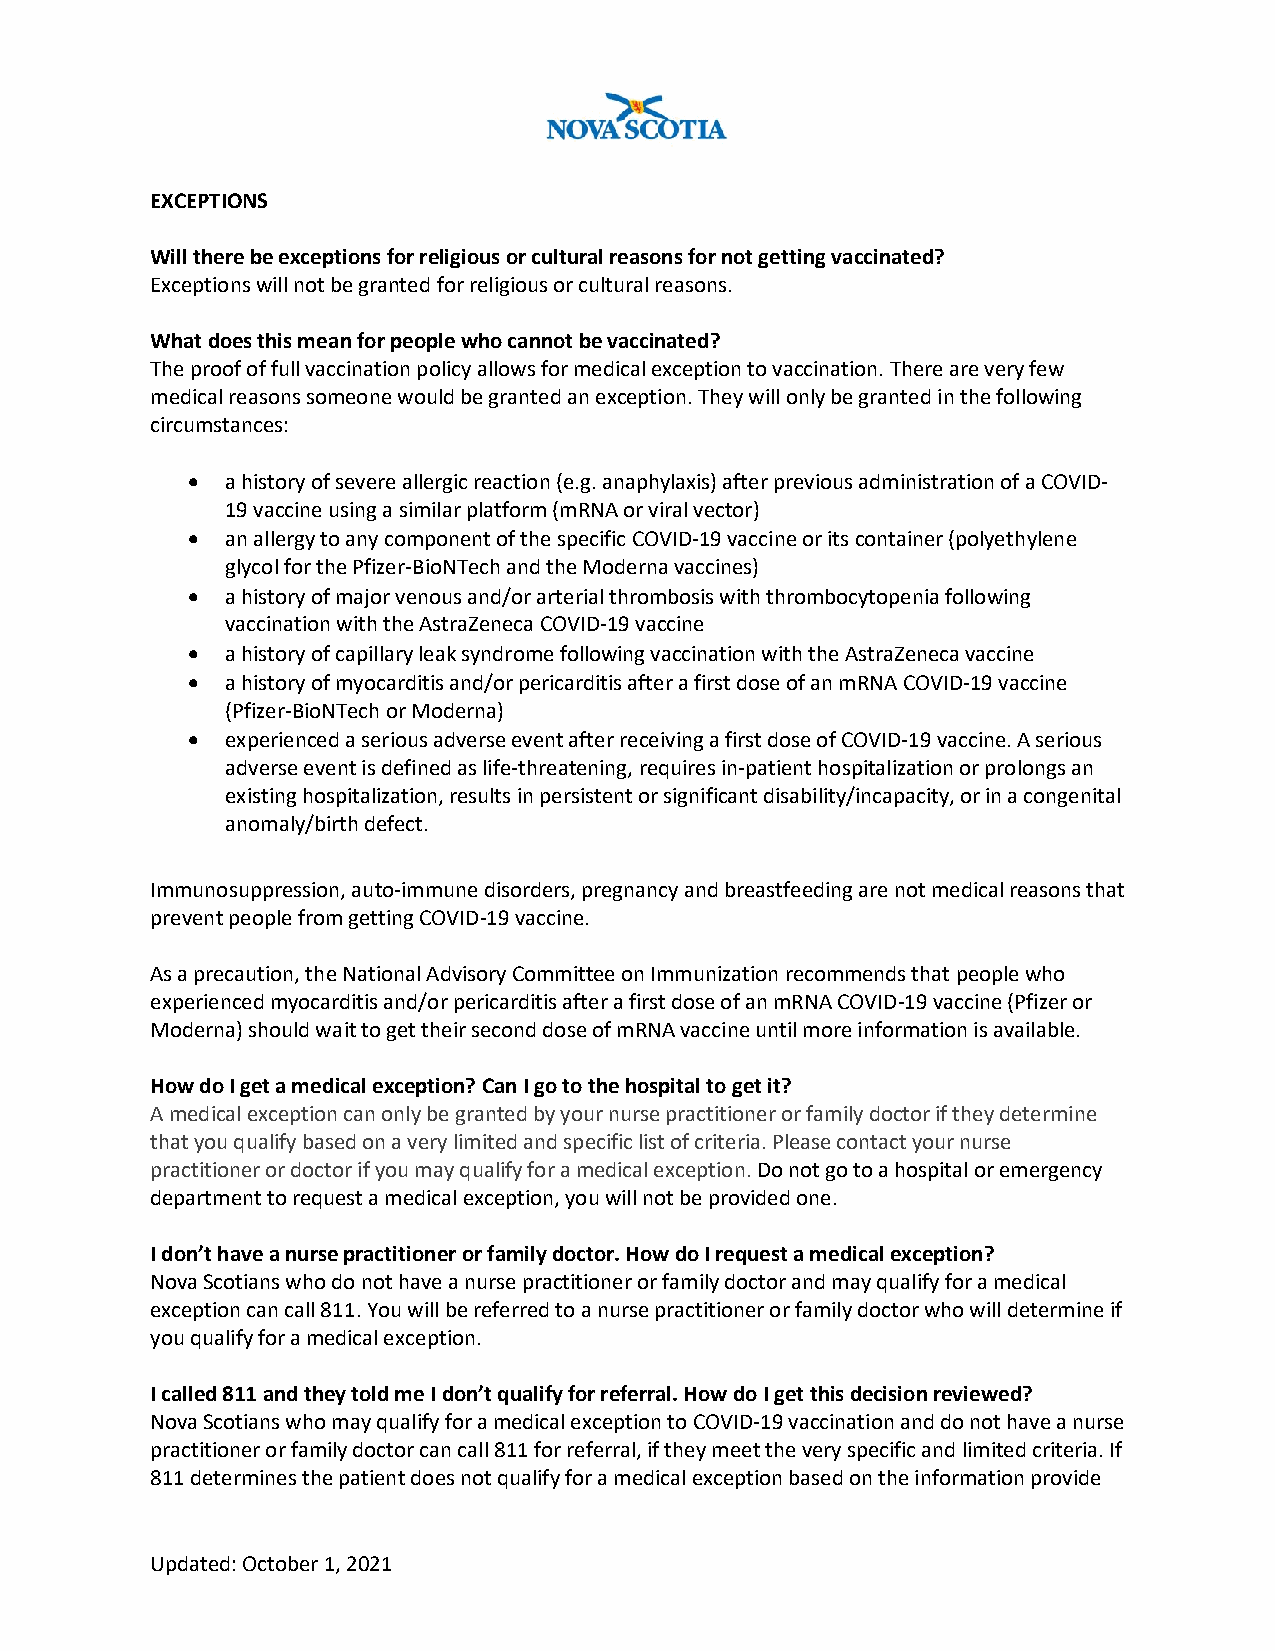
EXCEPTIONS
 Will there be exceptions for religious or cultural reasons for not getting vaccinated?
 Exceptions will not be granted for religious or cultural reasons.
 What does this mean for people who cannot be vaccinated?
 The proof of full vaccination policy allows for medical exception to vaccination. There are very few
 medical reasons someone would be granted an exception. They will only be granted in the following
 circumstances:
 •  a history of severe allergic reaction (e.g. anaphylaxis) after previous administration of a COVID-
 19 vaccine using a similar platform (mRNA or viral vector)
 •  an allergy to any component of the specific COVID-19 vaccine or its container (polyethylene
 glycol for the Pfizer-BioNTech and the Moderna vaccines)
 •  a history of major venous and/or arterial thrombosis with thrombocytopenia following
 vaccination with the AstraZeneca COVID-19 vaccine
 •  a history of capillary leak syndrome following vaccination with the AstraZeneca vaccine
 •  a history of myocarditis and/or pericarditis after a first dose of an mRNA COVID-19 vaccine
 (Pfizer-BioNTech or Moderna)
 •  experienced a serious adverse event after receiving a first dose of COVID-19 vaccine. A serious
 adverse event is defined as life-threatening, requires in-patient hospitalization or prolongs an
 existing hospitalization, results in persistent or significant disability/incapacity, or in a congenital
 anomaly/birth defect.
 Immunosuppression, auto-immune disorders, pregnancy and breastfeeding are not medical reasons that
 prevent people from getting COVID-19 vaccine.
 As a precaution, the National Advisory Committee on Immunization recommends that people who
 experienced myocarditis and/or pericarditis after a first dose of an mRNA COVID-19 vaccine (Pfizer or
 Moderna) should wait to get their second dose of mRNA vaccine until more information is available.
 How do I get a medical exception? Can I go to the hospital to get it?
 A medical exception can only be granted by your nurse practitioner or family doctor if they determine
 that you qualify based on a very limited and specific list of criteria. Please contact your nurse
 practitioner or doctor if you may qualify for a medical exception. Do not go to a hospital or emergency
 department to request a medical exception, you will not be provided one.
 I don’t have a nurse practitioner or family doctor. How do I request a medical exception?
 Nova Scotians who do not have a nurse practitioner or family doctor and may qualify for a medical
 exception can call 811. You will be referred to a nurse practitioner or family doctor who will determine if
 you qualify for a medical exception.
 I called 811 and they told me I don’t qualify for referral. How do I get this decision reviewed?
 Nova Scotians who may qualify for a medical exception to COVID-19 vaccination and do not have a nurse
 practitioner or family doctor can call 811 for referral, if they meet the very specific and limited criteria. If
 811 determines the patient does not qualify for a medical exception based on the information provide
 Updated: October 1, 2021